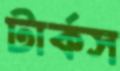
টার্কস